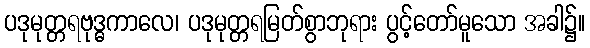
ပဒုမုတ္တရဗုဒ္ဓကာလေ၊ ပဒုမုတ္တရမြတ်စွာဘုရား ပွင့်တော်မူသော အခါ၌။